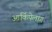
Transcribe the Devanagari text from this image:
आर्किपेलाग